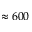
\approx 6 0 0